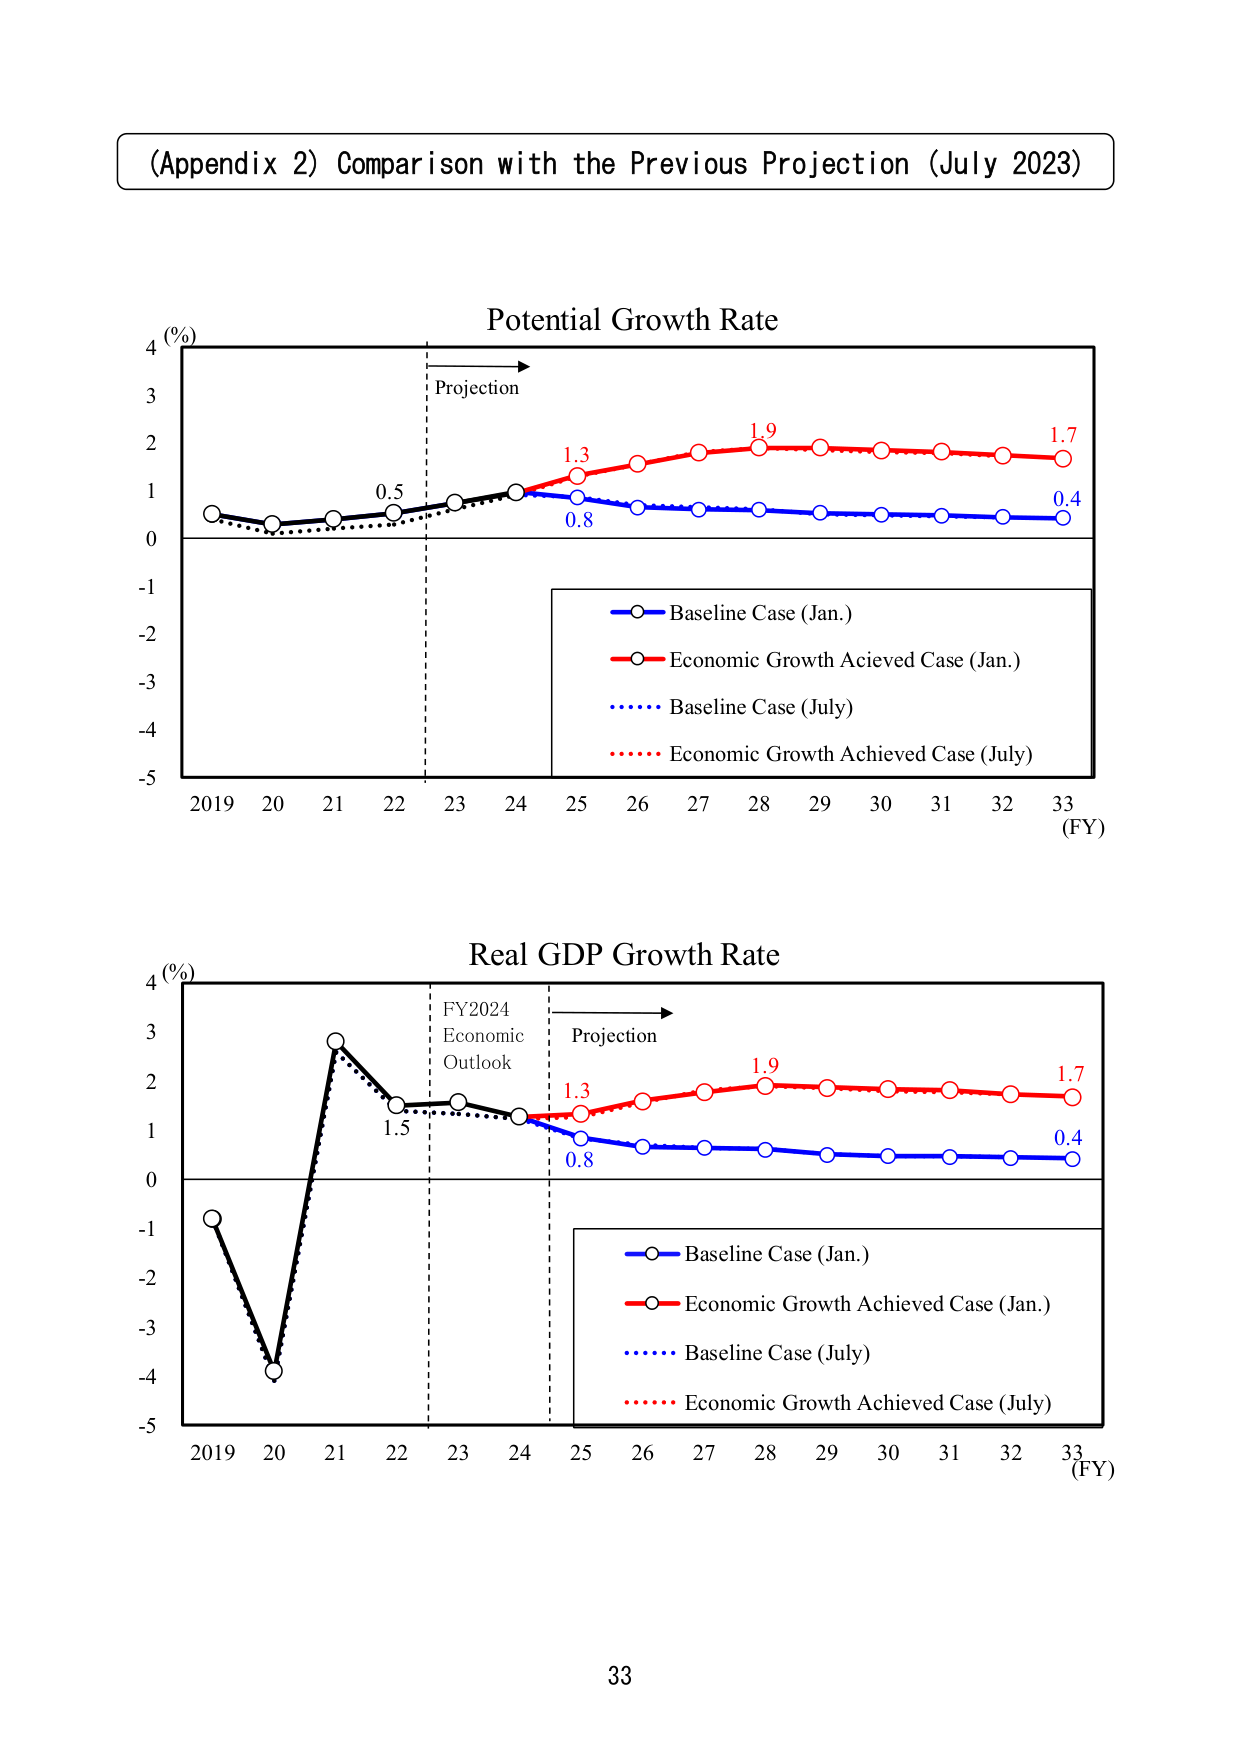
(Appendix 2) Comparison with the Previous Projection (July 2023)

Potential Growth Rate
4 (%)
3
2
1
0
-1
-2
-3
-4
-5
Projection
0.5
1.3
1.9
1.7
0.8
0.4
2019 20 21 22 23 24 25 26 27 28 29 30 31 32 33 (FY)
Baseline Case (Jan.)
Economic Growth Achieved Case (Jan.)
Baseline Case (July)
Economic Growth Achieved Case (July)

Real GDP Growth Rate
4 (%)
3
2
1
0
-1
-2
-3
-4
-5
FY2024
Economic
Outlook
Projection
1.5
1.3
1.9
1.7
0.8
0.4
2019 20 21 22 23 24 25 26 27 28 29 30 31 32 33 (FY)
Baseline Case (Jan.)
Economic Growth Achieved Case (Jan.)
Baseline Case (July)
Economic Growth Achieved Case (July)

33